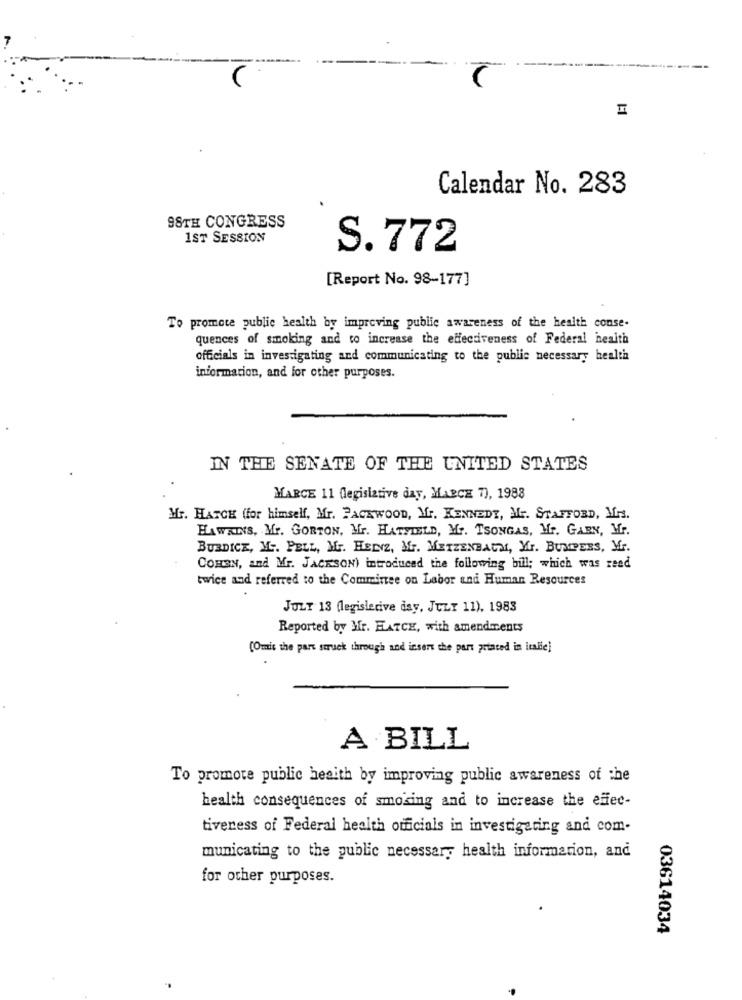
C
Calendar No. 283
98TH CONGRESS
1ST SESSION
S. 772
[Report No. 98-177]
To promote public health by improving public awareness of the health conse-
quences of smoking and to increase the effectiveness of Federal health
officials in investigating and communicating to the public necessary health
information, and for other purposes.
IN THE SENATE OF THE UNITED STATES
MARCE 11 (legislative day, MABCE 7), 1988
Mr. HATCH for himself, Mr. PACKWOOD, Mr. KENNEDY, Mr. STAFFORD, Mrs.
HAWKINS, Mr. GORTON, Mr. HATYIELD, Mr. TSONGAS, Hr. GABN, Mr.
BURDICK, M .. PELL, Mr. HELYZ, Mr. METZENBAUM, Yr. BUMPERS, Mr.
COHEN, and Mr. JACKSON) introduced the following bill; which was reed
twice and referred to the Committee on Labor and Human Resources
JULT 13 (legislerive day, JULY 11), 1983
Reported by Mr. HATCE, with amendments
(Ouis the part struck through and insert the part printed in italie)
A BILL
To promote public health by improving public awareness of the
health consequences of smoking and to increase the efec-
tiveness of Federal health officials in investigating and com-
municating to the public necessary health information, and
for other purposes.
03614034